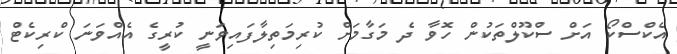
އެކްސްކޯ އަށް ސްކޫލްތަކުން ހޮވާ ދެ މަގާމަށް ކުރިމަތިލާފައިވަނީ ކުރީގެ އެއްވަނަ ކްރިކެޓް